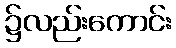
၌လည်းကောင်း